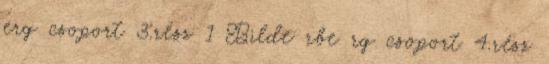
erg csoport 3.rész 1 Bilde rbe rg csoport 4.rész